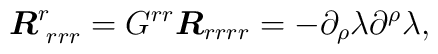
\mbox{\boldmath{$R$}}^r_{\,\,rrr}= G^{rr}\mbox{\boldmath{$R$}}_{rrrr}=-\partial_\rho\lambda\partial^\rho\lambda,